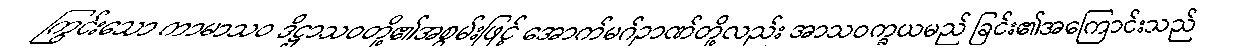
ကြွင်းသော ကာမာသဝ ဒိဋ္ဌာသဝတို့၏အစွမ်းဖြင့် အောက်မဂ်ဉာဏ်တို့လည်း အာသဝက္ခယမည် ခြင်း၏အကြောင်းသည်